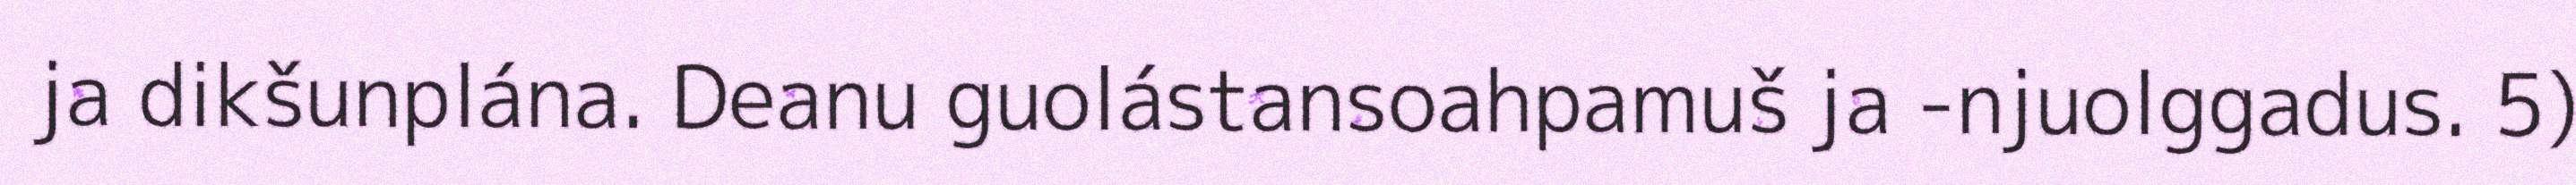
ja dikšunplána. Deanu guolástansoahpamuš ja -njuolggadus. 5)